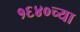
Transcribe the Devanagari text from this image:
१६४०च्या